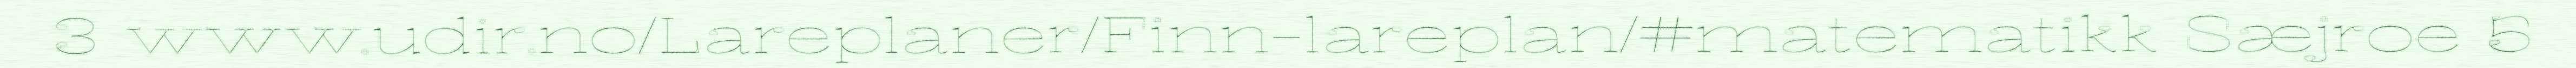
3 www.udir.no/Lareplaner/Finn-lareplan/#matematikk Sæjroe 5